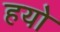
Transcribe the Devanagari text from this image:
हयो